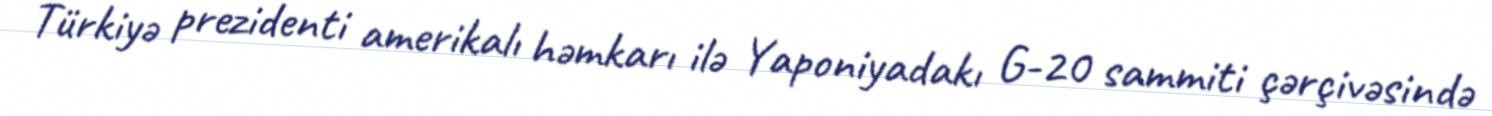
Türkiyə prezidenti amerikalı həmkarı ilə Yaponiyadakı G-20 sammiti çərçivəsində